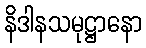
နိဒါနသမုဋ္ဌာနော